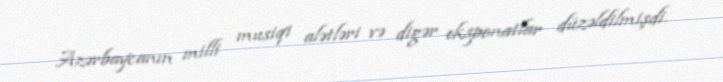
Azərbaycanın milli musiqi alətləri və digər eksponatlar düzəldilmişdi.